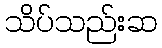
သိပ်သည်းဆ